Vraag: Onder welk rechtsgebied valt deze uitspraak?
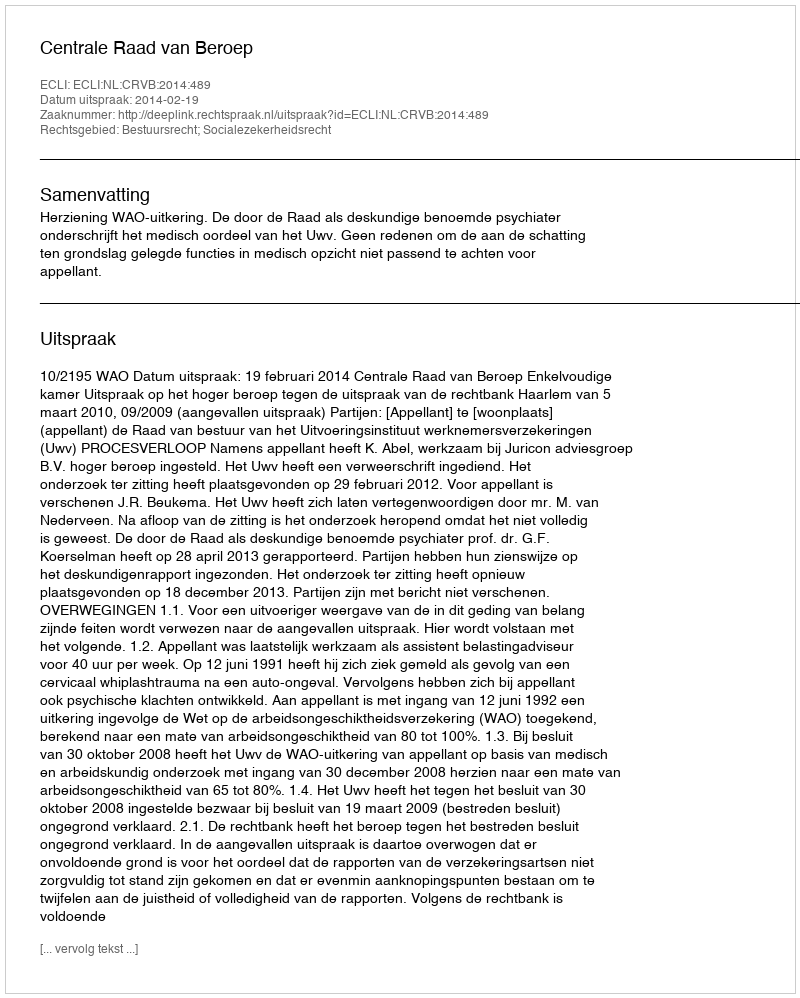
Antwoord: Bestuursrecht; Socialezekerheidsrecht